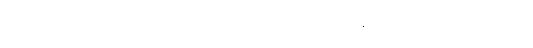
သူလည်းမသွားချင်တော့ဘူး ပြီးရင် ပြဿနာကတက် စကားကများဆိုတော့နှစ်ယောက်စလုံး စိတ်ညစ် ရ တယ်။